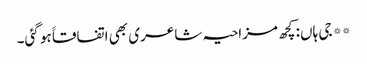
** جی ہاں: کچھ مزاحیہ شاعری بھی اتفاقاََ ہو گئی۔